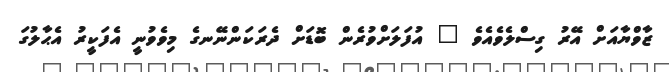
ޒާވްޔާއަށް އޭރު ގިސްލެވެއެވެ " އުފަލަށްވުރެން ބޮޑަށް ދެރަކަންނޭނގެ މިވެވުނީ އެފަކީރު އެޙާލުގަ